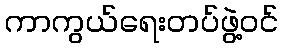
ကာကွယ်ရေးတပ်ဖွဲ့ဝင်